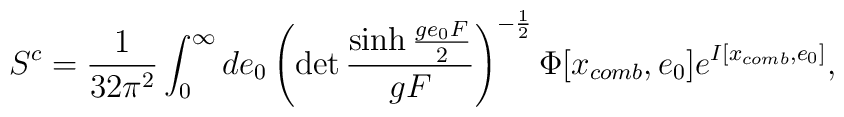
S^{c}=\frac{1}{32\pi^{2}}\int_{0}^{\infty}de_{0}\left(\det\frac{\sinh\frac{ge_{0}F}{2}}{gF}\right)^{-\frac{1}{2}}\Phi[x_{comb},e_{0}]e^{I[x_{comb},e_{0}]},